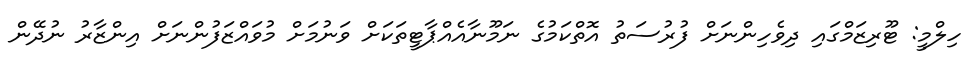
ހިލްމީ: ޓޫރިޒަމްގައި ދިވެހިންނަށް ފުރުސަތު އޮތްކަމުގެ ނަމޫނާއެއްޕާޓީތަކަށް ވަނުމަށް މުވައްޒަފުންނަށް އިންޒާރު ނުދޭން